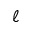
\ell